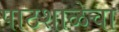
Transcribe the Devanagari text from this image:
पाठशाळेचा